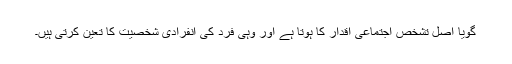
گویا اصل تشخص اجتماعی اقدار کا ہوتا ہے اور وہی فرد کی انفرادی شخصیت کا تعین کرتی ہیں۔